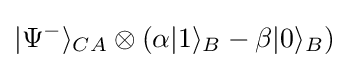
|\Psi ^{-}\rangle _{CA}\otimes (\alpha |1\rangle _{B}-\beta |0\rangle _{B})